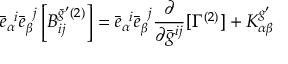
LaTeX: { \bar { e } } _ { \alpha } ^ { \; \; i } { \bar { e } } _ { \beta } ^ { \; \; j } \left[ { B } _ { i j } ^ { \bar { g } ^ { \prime } ( 2 ) } \right] = { \bar { e } } _ { \alpha } ^ { \; \; i } { \bar { e } } _ { \beta } ^ { \; \; j } \frac { \partial } { \partial \bar { g } ^ { i j } } [ \Gamma ^ { ( 2 ) } ] + { K } _ { \alpha \beta } ^ { g ^ { \prime } }